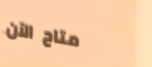
متاح الآن